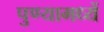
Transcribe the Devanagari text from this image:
पुण्यामध्यें